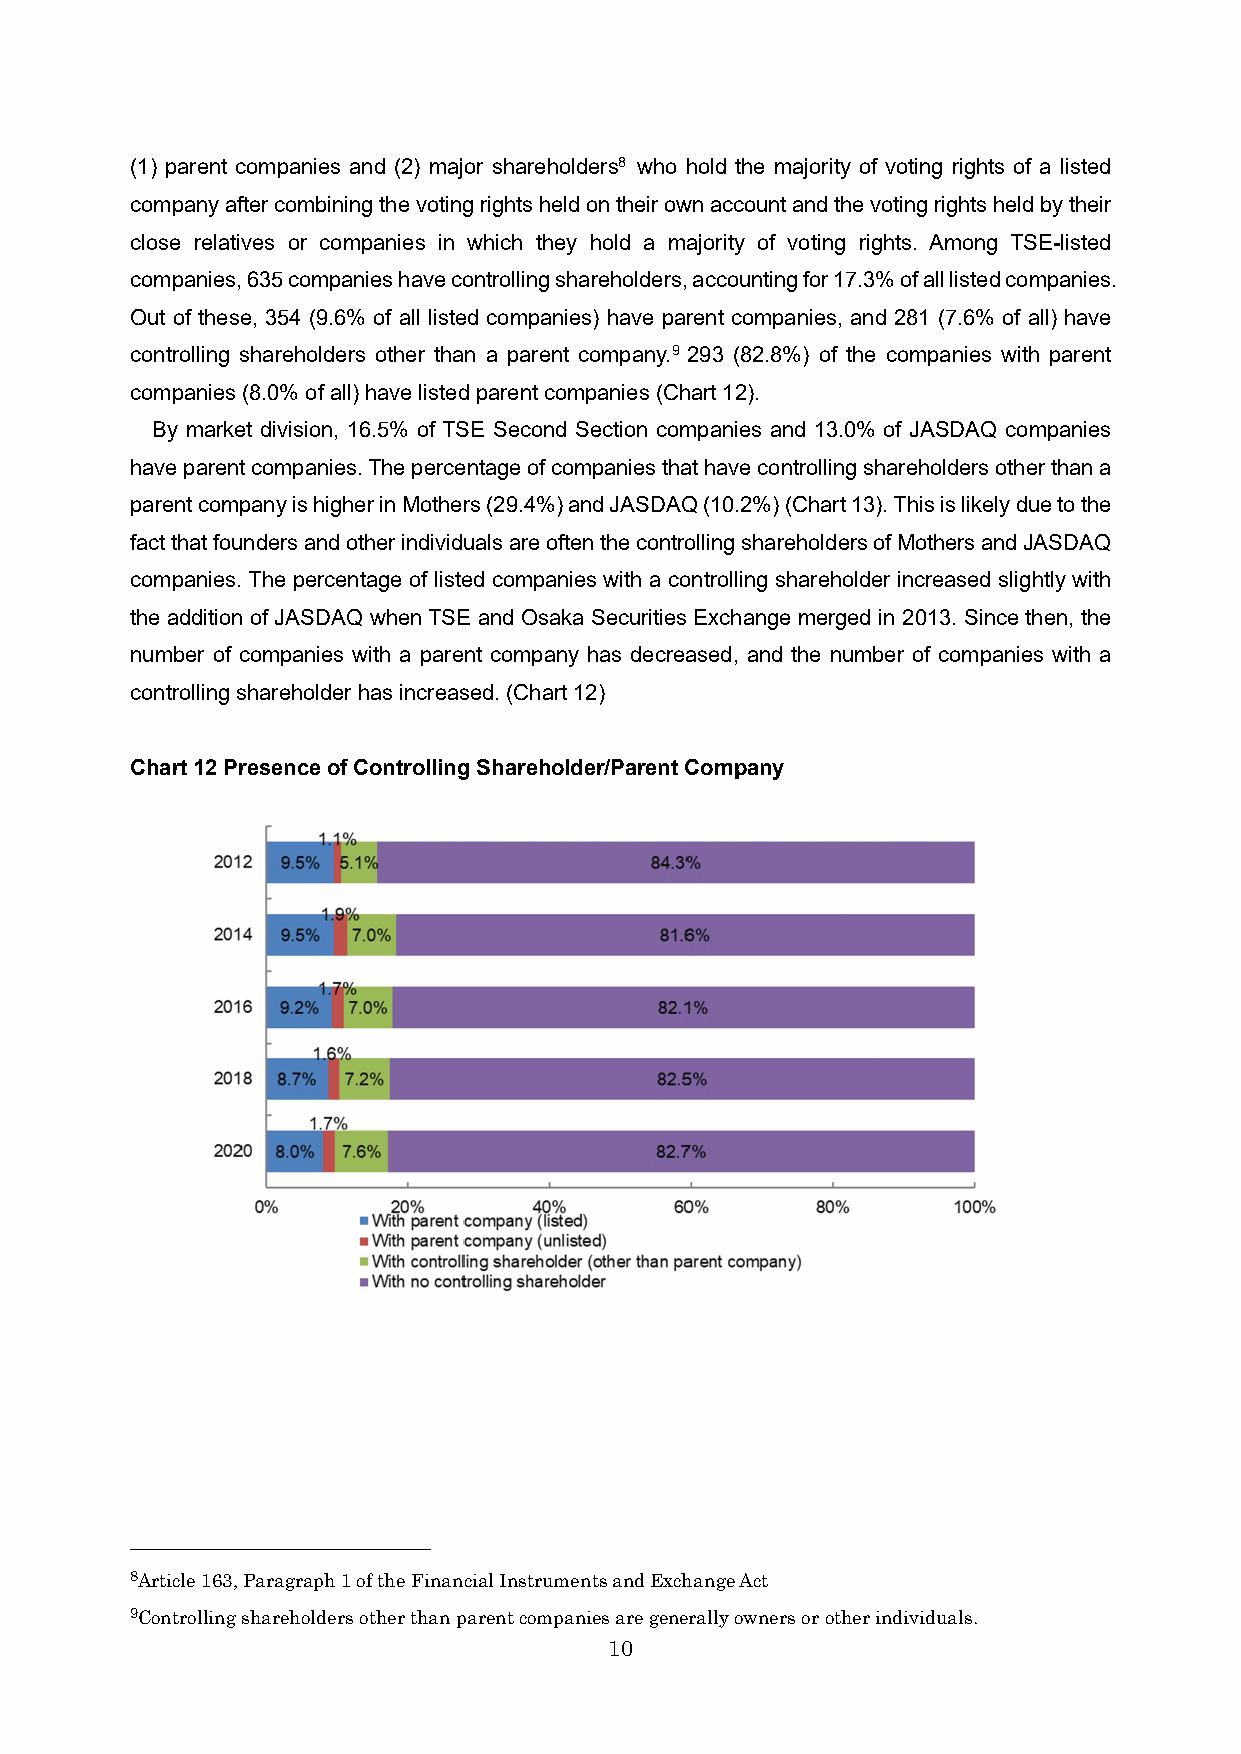
(1) parent companies and (2) major shareholders8 who hold the majority of voting rights of a listed
 company after combining the voting rights held on their own account and the voting rights held by their
 close relatives or companies in which they hold a majority of voting rights. Among TSE-listed
 companies, 635 companies have controlling shareholders, accounting for 17.3% of all listed companies.
 Out of these, 354 (9.6% of all listed companies) have parent companies, and 281 (7.6% of all) have
 controlling shareholders other than a parent company.9 293 (82.8%) of the companies with parent
 companies (8.0% of all) have listed parent companies (Chart 12).
 By market division, 16.5% of TSE Second Section companies and 13.0% of JASDAQ companies
 have parent companies. The percentage of companies that have controlling shareholders other than a
 parent company is higher in Mothers (29.4%) and JASDAQ (10.2%) (Chart 13). This is likely due to the
 fact that founders and other individuals are often the controlling shareholders of Mothers and JASDAQ
 companies. The percentage of listed companies with a controlling shareholder increased slightly with
 the addition of JASDAQ when TSE and Osaka Securities Exchange merged in 2013. Since then, the
 number of companies with a parent company has decreased, and the number of companies with a
 controlling shareholder has increased. (Chart 12)
 Chart 12 Presence of Controlling Shareholder/Parent Company
 8Article 163, Paragraph 1 of the Financial Instruments and Exchange Act
 9Controlling shareholders other than parent companies are generally owners or other individuals.
 10